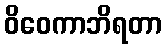
ဝိဝေကာဘိရတာ